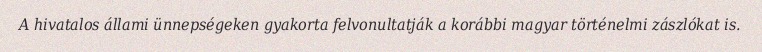
A hivatalos állami ünnepségeken gyakorta felvonultatják a korábbi magyar történelmi zászlókat is.